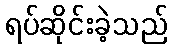
ရပ်ဆိုင်းခဲ့သည်